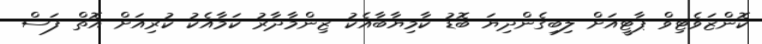
ކޮންޒަވެޓިވް ޕާޓީއަށް ލިބިގެންދިޔަ ބޮޑު ކާމިޔާބާއެކު ޒިންމާދާރު ކަމާއެކު ކުރިއަށް އޮތް ފަސް